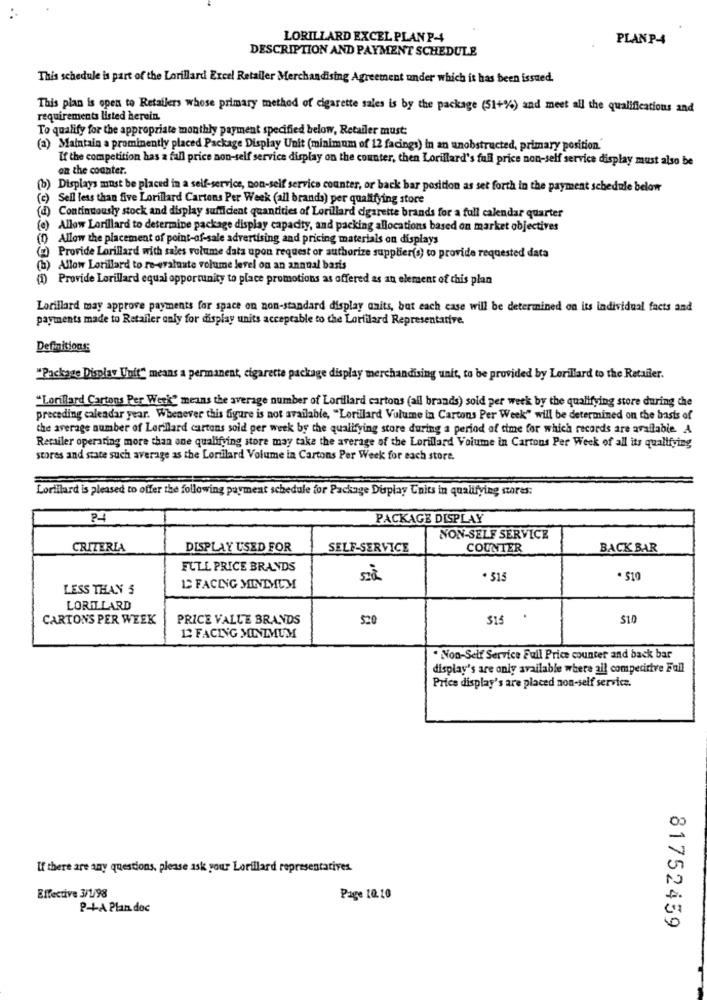
LORILLARD EXCEL PLAN P-4
PLAN P-4
DESCRIPTION AND PAYMENT SCHEDULE
This schedule is part of the Lorillard Excel Retailer Merchandising Agreement under which it has been issued.
This plan is open to Retailers whose primary method of cigarette sales is by the package (51+%) and meet all the qualifications and
requirements listed herein.
To qualify for the appropriate monthly payment specified below, Retailer must:
(a) Maintain a prominently placed Package Display Unit (minimum of 12 facings) in an unobstructed, primary position."
If the competition has a fall price non-self service display on the counter, then Lorillard's full price non-self service display must also be
on the counter.
(b) Displays must be placed in a self-service, non-self service counter, or back bar position as set forth in the payment schedule below
(c) Sell less than five Lorillard Cartons Per Week (all brands) per qualifying store
(d) Continuously stock and display sufficient quantities of Lorillard cigarette brands for a full calendar quarter
(e) Allow Lorillard to determine package display capacity, and packing allocations based on market objectives
Allow the placement of point-of-sale advertising and pricing materials on displays
(g) Provide Lorillard with sales volume data upon request or authorize supplier(s) to provide requested data
(b) Allow Lorillard to re-evaluate volume level on an annual basis
(1) Provide Lorillard equal opportunity to place promotions as offered as an element of this plan
Lorillard may approve payments for space on non-standard display onits, but each case will be determined on its individual facts and
payments made to Retailer only for display units acceptable to the Lorfilard Representative.
Definitions
"Package Display Unit" means a permanent, cigarette package display merchandising unit, to be provided by Lorillard to the Retailer.
"Lorillard Cartons Per Week" means the average number of Lorillard cartons (all brands) sold per week by the qualifying store during the
preceding calendar year. Whenever this figure is not available, "Lorillard Vulume in Cartons Per Week" will be determined on the basis of
the average number of Lorillard cartons sold per week by the qualifying store during a period of time for which records are available. A
Retailer operating more than one qualifying store may take the average of the Lorillard Volume in Cartons Per Week of all its qualifying
stores and state such average as the Lorillard Volume in Cartons Per Week for each store.
Lorillard is pleased to offer the following payment schedule for Package Display Units in qualifying stores:
P4
PACKAGE DISPLAY
NON-SELF SERVICE
CRITERIA
DISPLAY USED FOR
SELF-SERVICE
COUNTER
BACK BAR
FULL PRICE BRANDS
. 515
· 510
LESS THAN 5
12 FACING MINIMUM
LORILLARD
CARTONS PER WEEK
PRICE VALLE BRANDS
520
315
$10
13 FACING MINIMUM
. Non-Self Service Full Price counter and back bar
display's are only available where all competitive Fall
Price display's are placed non-self service.
U there are any questions, please ask your Lorillard representatives.
Effective 3/1/98
Page 10.10
P-+A Plan doc
81752459